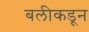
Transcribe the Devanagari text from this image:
बलीकडून